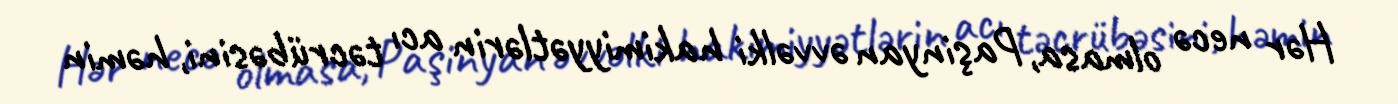
Hər necə olmasa, Paşinyan əvvəlki hakimiyyətlərin acı təcrübəsini, həmin